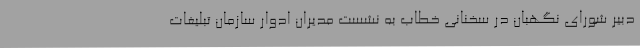
دبیر شورای نگهبان در سخنانی خطاب به نشست مدیران ادوار سازمان تبلیغات